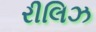
રીલિઝ